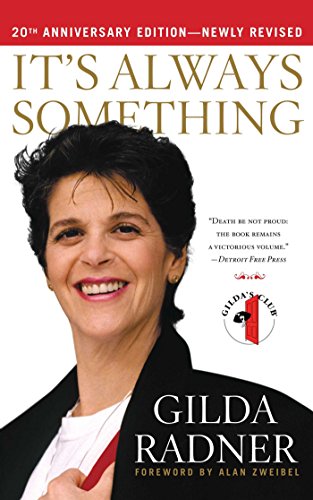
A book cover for It's Always Something: Twentieth Anniversary Edition; Gilda Radner; Biographies & Memoirs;